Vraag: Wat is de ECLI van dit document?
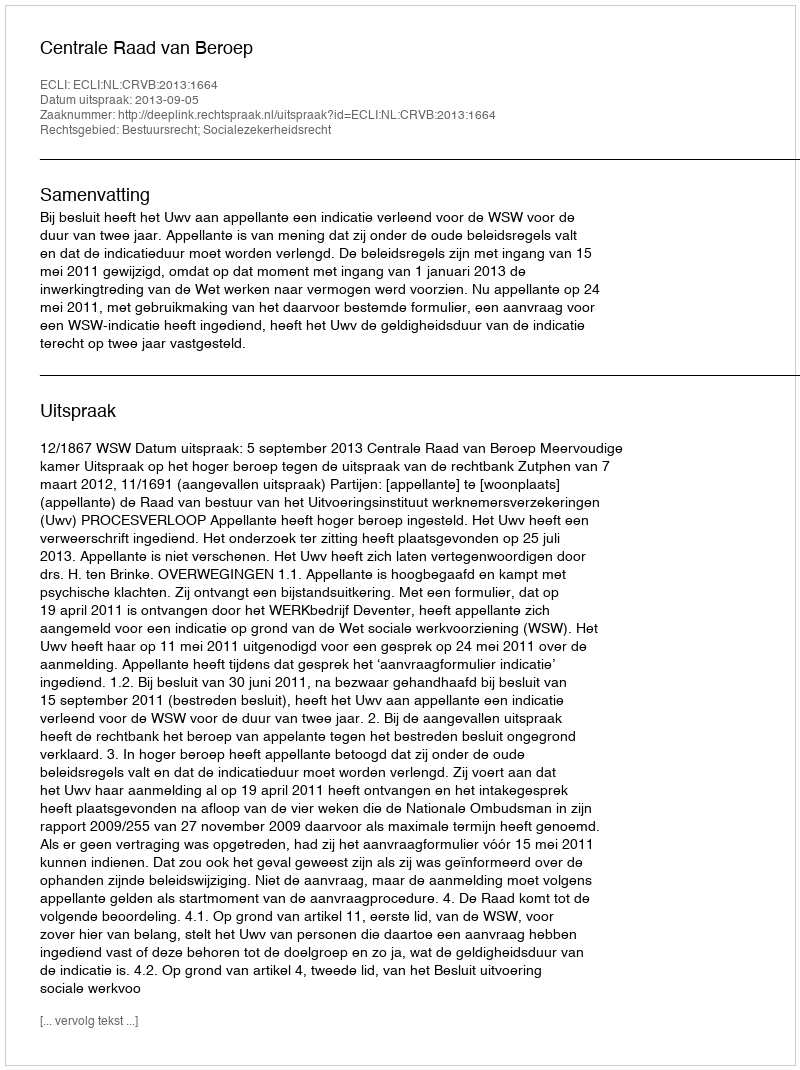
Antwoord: ECLI:NL:CRVB:2013:1664